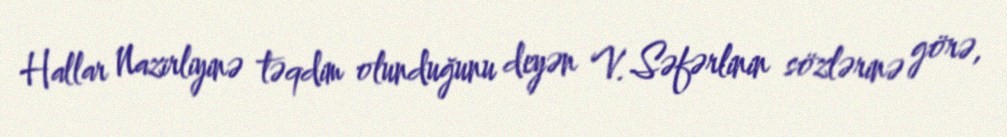
Hallar Nazirliyinə təqdim olunduğunu deyən V. Səfərlinin sözlərinə görə,